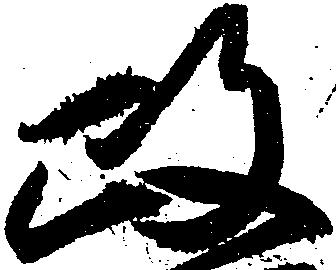
政